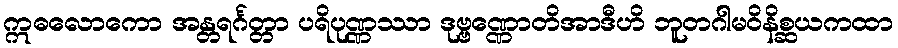
ဣဓလောကော အန္တရင်္ဂတ္တာ ပရိပုဏ္ဏဿာ ဒုဗ္ဗဏ္ဏောတိအာဒီဟိ ဘူတဂါမဝိနိစ္ဆယကထာ